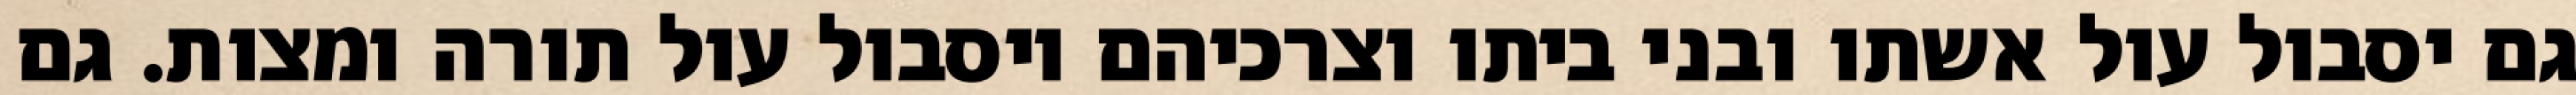
גם יסבול עול אשתו ובני ביתו וצרכיהם ויסבול עול תורה ומצות. גם